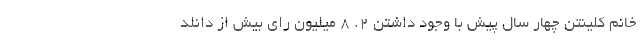
خانم کلینتن چهار سال پیش با وجود داشتن ۲. ۸ میلیون رای بیش از دانلد